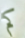
كم